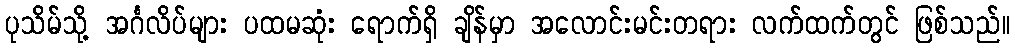
ပုသိမ်သို့ အင်္ဂလိပ်များ ပထမဆုံး ရောက်ရှိ ချိန်မှာ အလောင်းမင်းတရား လက်ထက်တွင် ဖြစ်သည်။